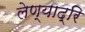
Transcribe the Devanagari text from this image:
लेण्याद्रि